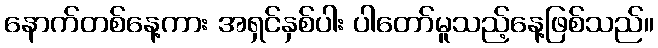
နောက်တစ်နေ့ကား အရှင်နှစ်ပါး ပါတော်မူသည့်နေ့ဖြစ်သည်။